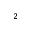
_ 2